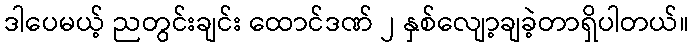
ဒါပေမယ့် ညတွင်းချင်း ထောင်ဒဏ် ၂ နှစ်လျော့ချခဲ့တာရှိပါတယ်။